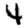
Digit: 4